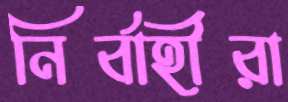
নির্বাহীরা